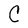
Character: C